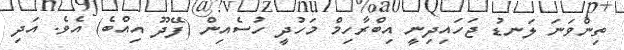
ތިންވަނަ ލަނޑު ޖަހައިދިނީ އިބްރާހިމް މަހުދީ ހުސެއިން (ފޭދޫ އިއްބެ) އެވެ. އަދި